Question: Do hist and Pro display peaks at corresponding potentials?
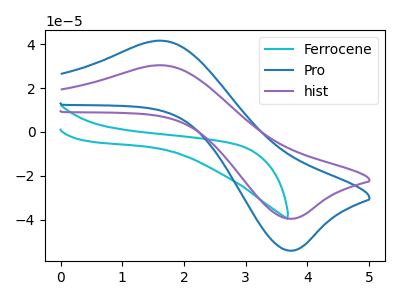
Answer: <think>The cyan curve "Ferrocene" has no peaks. The blue curve "Pro" has an anodic peak at (1.65V, 41.55uA) and a cathodic peak at (3.75V, -54.05uA). The purple curve "hist" has an anodic peak at (1.65V, 30.40uA) and a cathodic peak at (3.75V, -39.50uA).</think>
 <answer>Yes, "hist" have a peak in "Pro" at the same potential.</answer>
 <eval>match</eval>